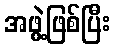
အဖွဲ့ဖြစ်ပြီး